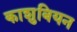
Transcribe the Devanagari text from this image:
काशुबियन